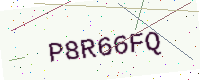
Text: P8R66FQ